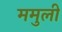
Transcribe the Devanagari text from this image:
ममुली